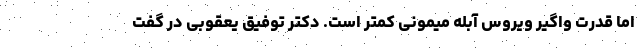
اما قدرت واگیر ویروس آبله میمونی کمتر است. دکتر توفیق یعقوبی در گفت